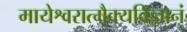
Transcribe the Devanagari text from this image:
मायेश्वरात्मैक्यविज्ञानं